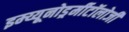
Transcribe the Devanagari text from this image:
इम्य्यूनोडर्र्मीटॉलोजी